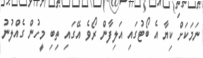
ނަމަކަށް ކިޔާ އެ ބޯޓުގައި އަލިފާން ރޯވެ އޭގައި ތިބި މީހުން ގެއްލުނު